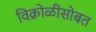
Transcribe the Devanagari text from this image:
विक्रोळीसोबत